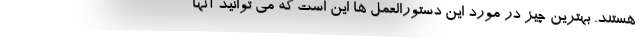
هستند. بهترین چیز در مورد این دستورالعمل ها این است که می توانید آنها